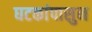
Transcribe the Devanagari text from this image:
घटकांपासुन